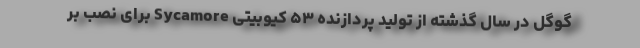
گوگل در سال گذشته از تولید پردازنده ۵۳ کیوبیتی Sycamore برای نصب بر